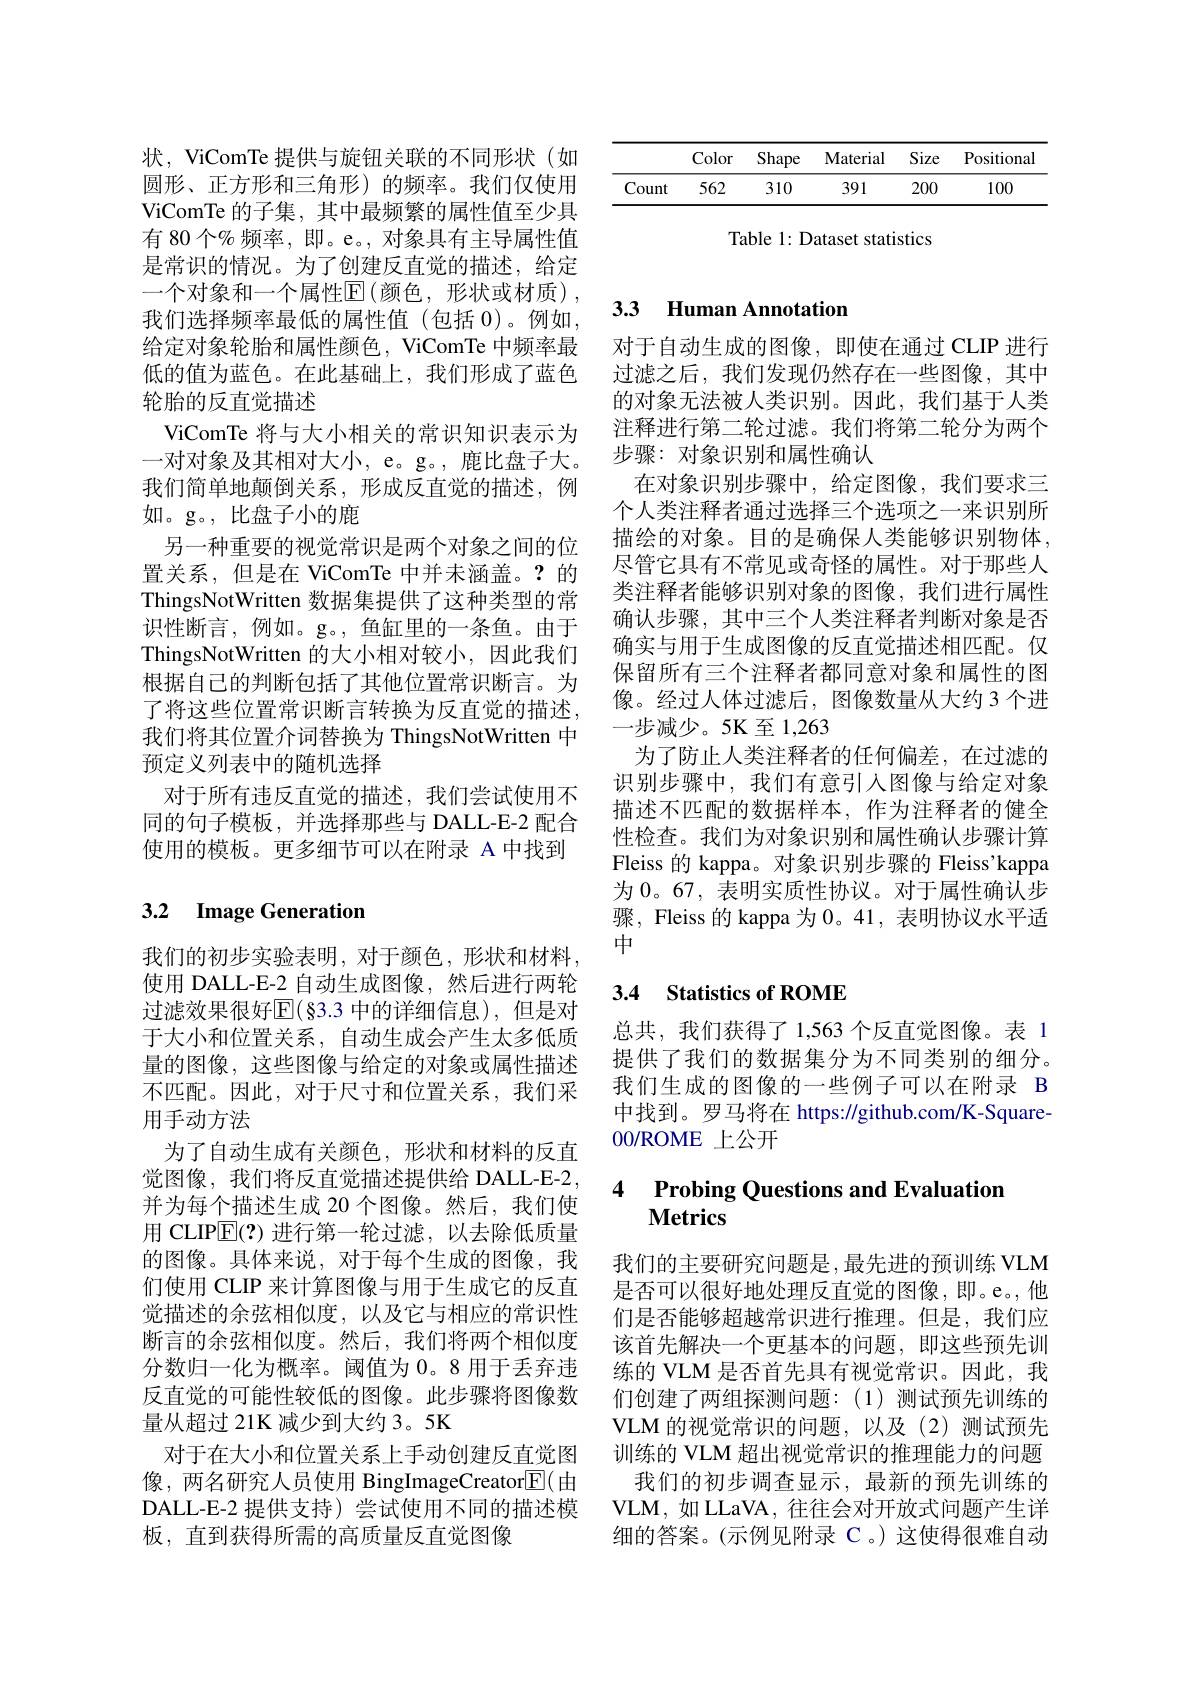
<table>
	<tbody>
		<tr>
			<th> </th>
			<th>Color</th>
			<th>Shape</th>
			<th>Material</th>
			<th>Size</th>
			<th>Positional</th>
		</tr>
		<tr>
			<td>Count</td>
			<td>562</td>
			<td>310</td>
			<td>391</td>
			<td>200</td>
			<td>100</td>
		</tr>
	</tbody>
</table>

Table 1: Dataset statistics

状，ViComTe 提供与旋钮关联的不同形状(如圆形、正方形和三角形)的频率。我们仅使用ViComTe 的子集，其中最频繁的属性值至少具有 80 个% 频率，即。e。, 对象具有主导属性值是常识的情况。为了创建反直觉的描述，给定一个对象和一个属性$\mathbb{E} \left ( \text{颜 色 , 形 状 或 材 质 }\right ) $, 我们选择频率最低的属性值(包括 0)。例如， 给定对象轮胎和属性颜色，ViComTe 中频率最低的值为蓝色。在此基础上，我们形成了蓝色轮胎的反直觉描述
ViComTe 将与大小相关的常识知识表示为一对对象及其相对大小，e。g。, 鹿比盘子大。我们简单地颠倒关系，形成反直觉的描述，例如。g。, 比盘子小的鹿
另一种重要的视觉常识是两个对象之间的位置关系，但是在 ViComTe 中并未涵盖。?的ThingsNotWritten 数据集提供了这种类型的常识性断言，例如。g。,鱼缸里的一条鱼。由于ThingsNotWritten 的大小相对较小，因此我们根据自己的判断包括了其他位置常识断言。为了将这些位置常识断言转换为反直觉的描述我们将其位置介词替换为 ThingsNotWritten 中预定义列表中的随机选择
对于所有违反直觉的描述，我们尝试使用不同的句子模板，并选择那些与 DALL-E-2 配合使用的模板。更多细节可以在附录 A 中找到

## 3.2 Image Generation

我们的初步实验表明，对于颜色，形状和材料使用 DALL-E-2 自动生成图像，然后进行两轮过滤效果很好$\mathbb{E}(\S$3.3 中的详细信息),但是对于大小和位置关系，自动生成会产生太多低质量的图像，这些图像与给定的对象或属性描述不匹配。因此，对于尺寸和位置关系，我们采用手动方法
为了自动生成有关颜色，形状和材料的反直觉图像，我们将反直觉描述提供给 DALL-E-2, 并为每个描述生成 20 个图像。然后，我们使用 CLIPE(?)进行第一轮过滤，以去除低质量的图像。具体来说，对于每个生成的图像，我们使用 CLIP 来计算图像与用于生成它的反直觉描述的余弦相似度，以及它与相应的常识性断言的余弦相似度。然后，我们将两个相似度分数归一化为概率。阈值为 0。8 用于丢弃违反直觉的可能性较低的图像。此步骤将图像数量从超过 21K 减少到大约 3。5K
对于在大小和位置关系上手动创建反直觉图像，两名研究人员使用 BingImageCreator$\overline{\mathbb{E}}($由DALL-E-2 提供支持) 尝试使用不同的描述模板，直到获得所需的高质量反直觉图像

## 3.3 Human Annotation

对于自动生成的图像，即使在通过 CLIP 进行过滤之后，我们发现仍然存在一些图像，其中的对象无法被人类识别。因此，我们基于人类注释进行第二轮过滤。我们将第二轮分为两个步骤：对象识别和属性确认
在对象识别步骤中，给定图像，我们要求三个人类注释者通过选择三个选项之一来识别所描绘的对象。目的是确保人类能够识别物体， 尽管它具有不常见或奇怪的属性。对于那些人类注释者能够识别对象的图像，我们进行属性确认步骤，其中三个人类注释者判断对象是否确实与用于生成图像的反直觉描述相匹配。仅保留所有三个注释者都同意对象和属性的图像。经过人体过滤后，图像数量从大约3个进一步减少。5K至1，263
为了防止人类注释者的任何偏差，在过滤的识别步骤中，我们有意引入图像与给定对象描述不匹配的数据样本，作为注释者的健全性检查。我们为对象识别和属性确认步骤计算Fleiss 的 kappa。对象识别步骤的 Fleiss'kappa 为 0。67, 表明实质性协议。对于属性确认步骤，Fleiss 的 kappa 为0。41, 表明协议水平适中

## 3.4 Statistics of ROME

总共，我们获得了1，563个反直觉图像。表 1提供了我们的数据集分为不同类别的细分。我们生成的图像的一些例子可以在附录 B 中找到。罗马将在 https://github.com/K-Square- 00/ROME 上公开

# 4 Probing Questions and Evaluation $\mathbf{Metrics}$

我们的主要研究问题是，最先进的预训练 VLM 是否可以很好地处理反直觉的图像，即。e。他们是否能够超越常识进行推理。但是，我们应该首先解决一个更基本的问题，即这些预先训练的 VLM 是否首先具有视觉常识。因此，我们创建了两组探测问题：(1)测试预先训练的VLM 的视觉常识的问题，以及(2)测试预先训练的 VLM 超出视觉常识的推理能力的问题我们的初步调查显示，最新的预先训练的
VLM, 如 LLaVA, 往往会对开放式问题产生详细的答案。(示例见附录 C。)这使得很难自动